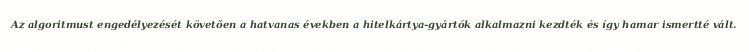
Az algoritmust engedélyezését követően a hatvanas években a hitelkártya-gyártók alkalmazni kezdték és így hamar ismertté vált.